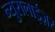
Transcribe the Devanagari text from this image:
न्युरालाईज़र